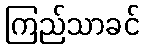
ကြည်သာခင်